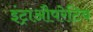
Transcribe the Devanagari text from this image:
इंट्राऔपरेटिव